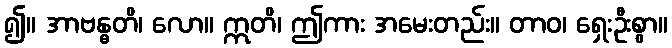
၍။ အာဗန္ဓတိ၊ လော။ ဣတိ၊ ဤကား အမေးတည်း။ တာဝ၊ ရှေးဦးစွာ။